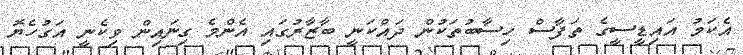
އެކަމު އައިޑީސީގެ ތަފާސް ހިސާބުތަކުން ދައްކަނީ ބާޒާރުގައި އެންމެ ގިނައިން ވިކެނީ އަގުހެޔޮ